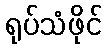
ရုပ်သံဖိုင်